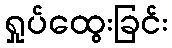
ရှုပ်ထွေးခြင်း